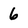
Character: 6